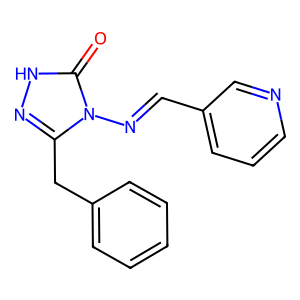
SMILES: O=c1[nH]nc(Cc2ccccc2)n1N=Cc1cccnc1
Inhibits HIV replication: Yes